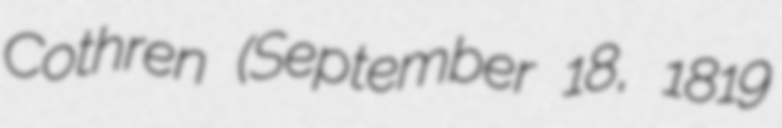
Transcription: Cothren (September 18, 1819